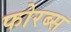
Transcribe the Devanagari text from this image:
फोरब्स